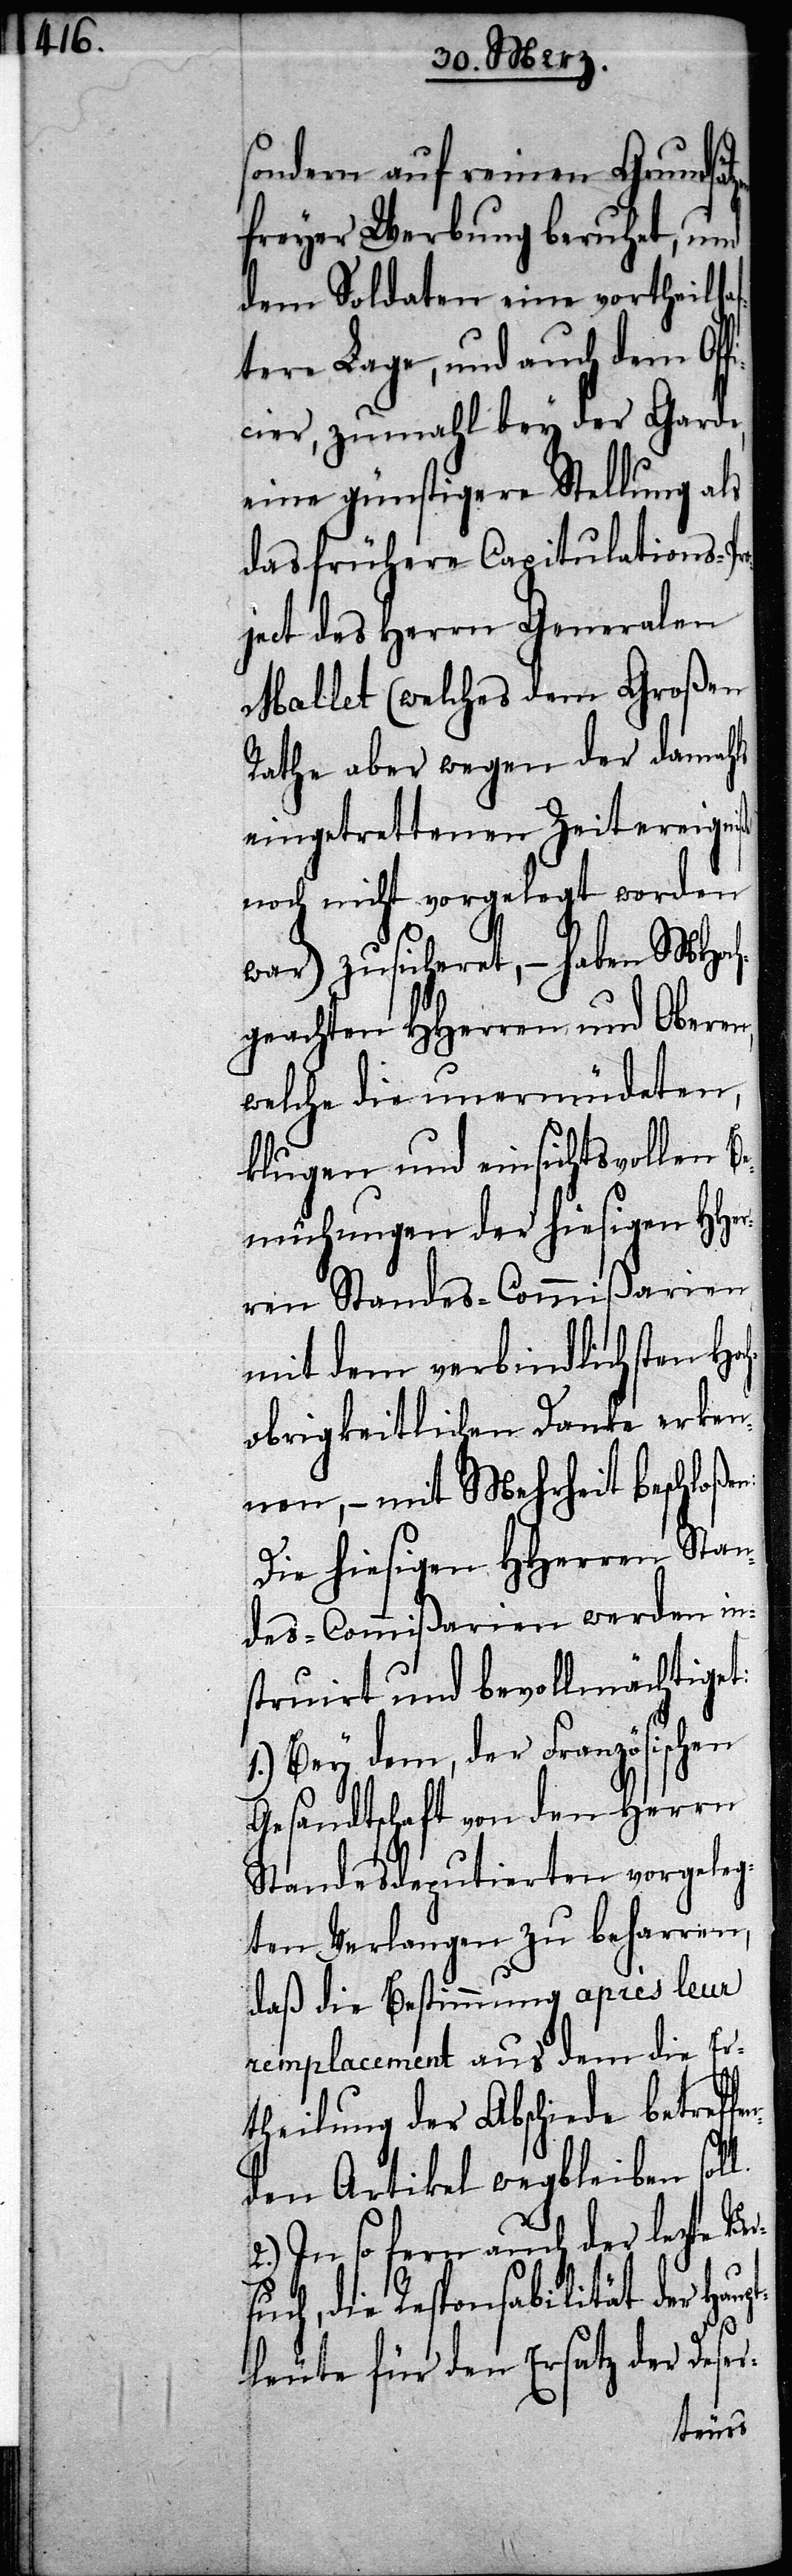
l.

sondern auf reinen Grundsä¬
freyer Werbung beruhet, und
dem Soldaten eine vortheilha¬
ftere Lage, und auch dem Of¬
ficier, zumahl bey der Garde,
eine günstigere Stellung als
das frühere Capitulations-P¬
ject des Herrn Generalen
Mallet (welches dem Großen
Rathe aber wegen der damahls
eingetrettenen Zeitereigniß
noch nicht vorgelegt worden
war) zusicheret, – haben MHoch¬
geachten HHerren und Oberen,
welche die unermüdeten,
klugen und einsichtsvollen Be¬
mühungen der hiesigen HHer¬
ren Standes-Commißarien
mit dem verbindlichsten Hoc¬
hobrigkeitlichen Danke erken¬
nen, – mit Mehrheit beschloß¬
Die hiesigen HHerren Stan¬
des-Commißarien werden in¬
struirt und bevollmächtige¬
1.) Bey dem, der Französischen
Gesandtschaft von den Herrn
Standesdeputierten vorgeleg¬
ten Verlangen zu beharren,
daß die Bestimmung après leur
remplacement aus dem die Er¬
theilung der Abschiede betreff¬
den Artikel wegbleiben sol¬
2.) In so ferne auch der lezte V¬
uch, die Responsabilität der Haup¬
tleute für den Ersatz der Deser-
ers¬